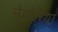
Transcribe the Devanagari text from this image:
नेमोरिया